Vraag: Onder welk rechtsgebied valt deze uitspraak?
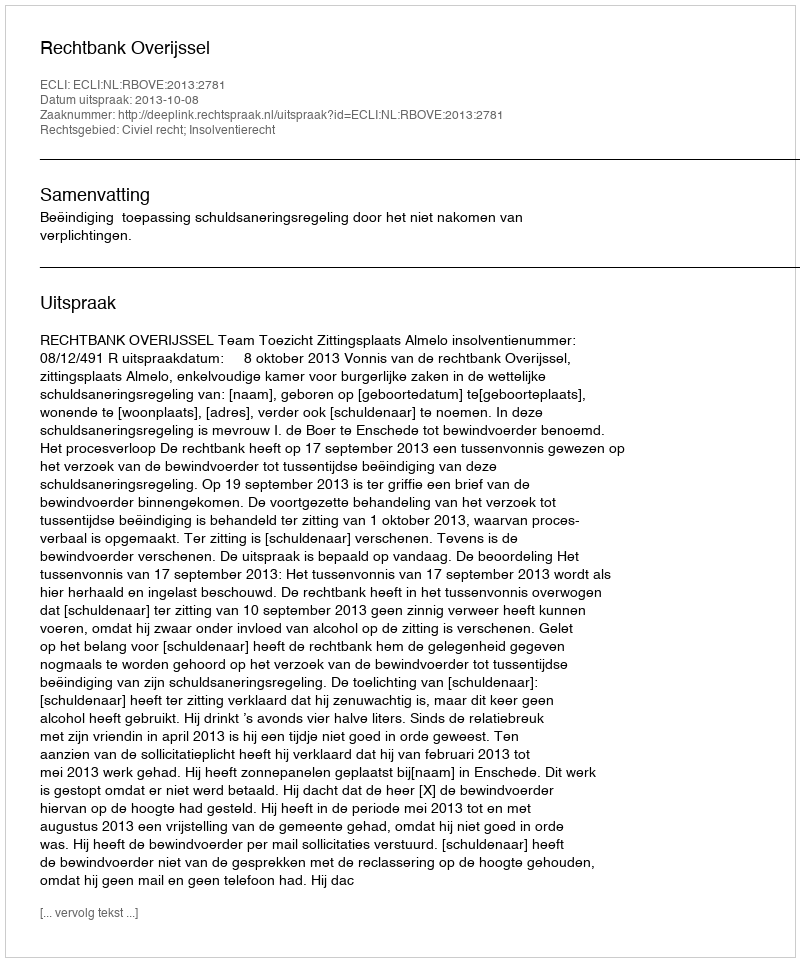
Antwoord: Civiel recht; Insolventierecht